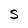
Character: S